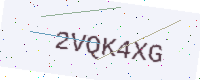
Text: 2VQK4XG